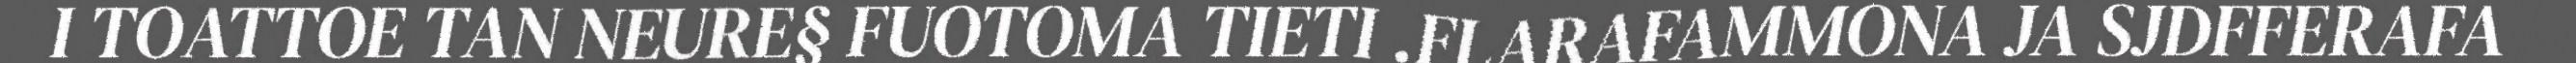
I TOATTOE TAN NEURE§ FUOTOMA TIETI .FLARAFAMMONA JA SJDFFERAFA